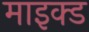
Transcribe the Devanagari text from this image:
माइक्ड